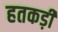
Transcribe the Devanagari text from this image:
हतकड़ी